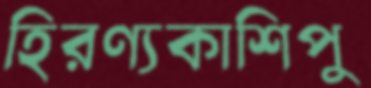
হিরণ্যকাশিপু